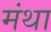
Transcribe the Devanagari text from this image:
मंथा